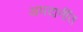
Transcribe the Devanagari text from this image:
अमदानींत